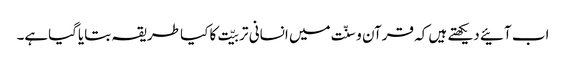
اب آئیے دیکھتے ہیں کہ قرآن و سنّت میں انسانی تربیّت کا کیا طریقہ بتایاگیاہے۔